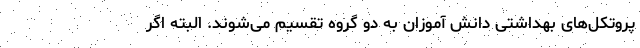
پروتکل‌های بهداشتی دانش آموزان به دو گروه تقسیم می‌شوند. البته اگر